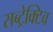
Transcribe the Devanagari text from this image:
सब्ट्रेक्टिव